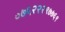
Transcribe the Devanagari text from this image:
०७६२२२९७७६९